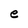
Character: e